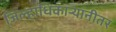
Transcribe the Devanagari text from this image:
जिल्हाधिकार्‍यांनीतर